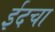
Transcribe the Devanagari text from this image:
ईदचा